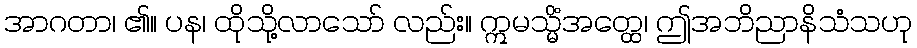
အာဂတာ၊ ၏။ ပန၊ ထိုသို့လာသော် လည်း။ ဣမသ္မိံအတ္ထေ၊ ဤအဘိညာနိသံသဟု